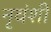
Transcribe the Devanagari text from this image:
नृवंशी